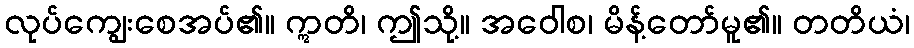
လုပ်ကျွေးစေအပ်၏။ ဣတိ၊ ဤသို့။ အဝေါစ၊ မိန့်တော်မူ၏။ တတိယံ၊